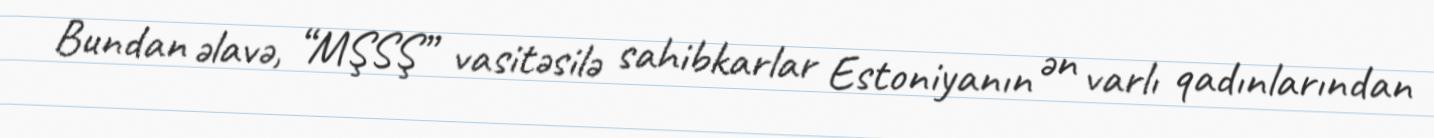
Bundan əlavə, “MŞSŞ” vasitəsilə sahibkarlar Estoniyanın ən varlı qadınlarından